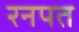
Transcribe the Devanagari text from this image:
रनपत